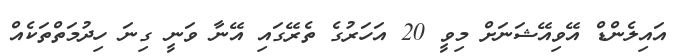
އައިލެންޑް އޭވިއޭޝަނަށް މިވީ 20 އަހަރުގެ ތެރޭގައި އޭނާ ވަނީ ގިނަ ހިދުމަތްތަކެއް